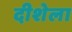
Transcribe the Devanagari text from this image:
दीशेला